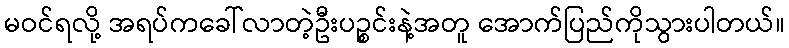
မဝင်ရလို့ အရပ်ကခေါ်လာတဲ့ဦးပဉ္စင်းနဲ့အတူ အောက်ပြည်ကိုသွားပါတယ်။